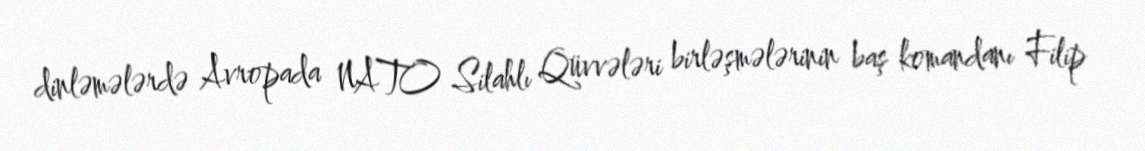
dinləmələrdə Avropada NATO Silahlı Qüvvələri birləşmələrinin baş komandanı Filip